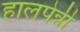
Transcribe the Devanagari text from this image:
हालपेन्नी